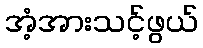
အံ့အားသင့်ဖွယ်